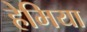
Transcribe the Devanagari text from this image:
हेमिया